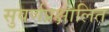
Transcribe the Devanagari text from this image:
सुवर्णप्रक्षालित